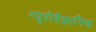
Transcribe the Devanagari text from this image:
न्यूरोवैज्ञानिक